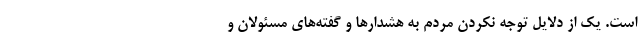
است. یک از دلایل توجه نکردن مردم به هشدارها و گفته‌های مسئولان و